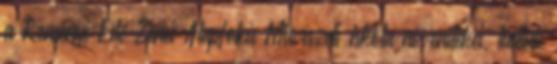
a Reményi Ede Zenei Alapfokú Művészeti Iskola növendékei, tudtuk